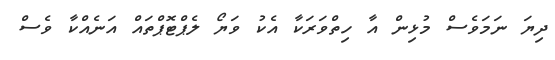
ދިޔަ ނަމަވެސް މުޅިން އާ ހިތްވަރަކާ އެކު ވަޔޯ ލެޕްޓޮޕްތައް އަނެއްކާ ވެސް